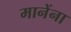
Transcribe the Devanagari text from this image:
मानेंना